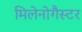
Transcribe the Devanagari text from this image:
मिलेनोगैस्टर